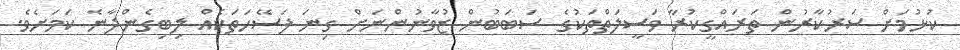
ކުޅުމަށް ސަރުކާރުން ތަރައްގީކުރާ ވަސީލަތްތަކުގެ ސަބަބުން ޒުވާނުންނަށް ގިނަ ފަސޭހަތަކެއް ލިބިގެންދާނެ ކަމަށެވެ.